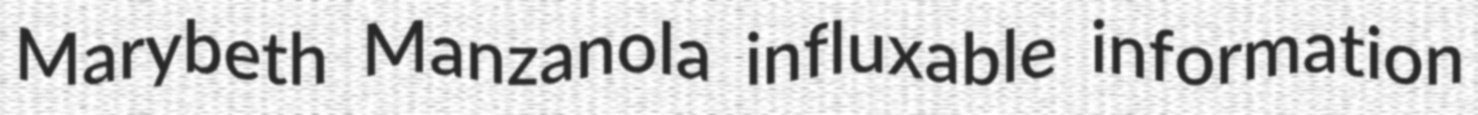
Marybeth Manzanola influxable information